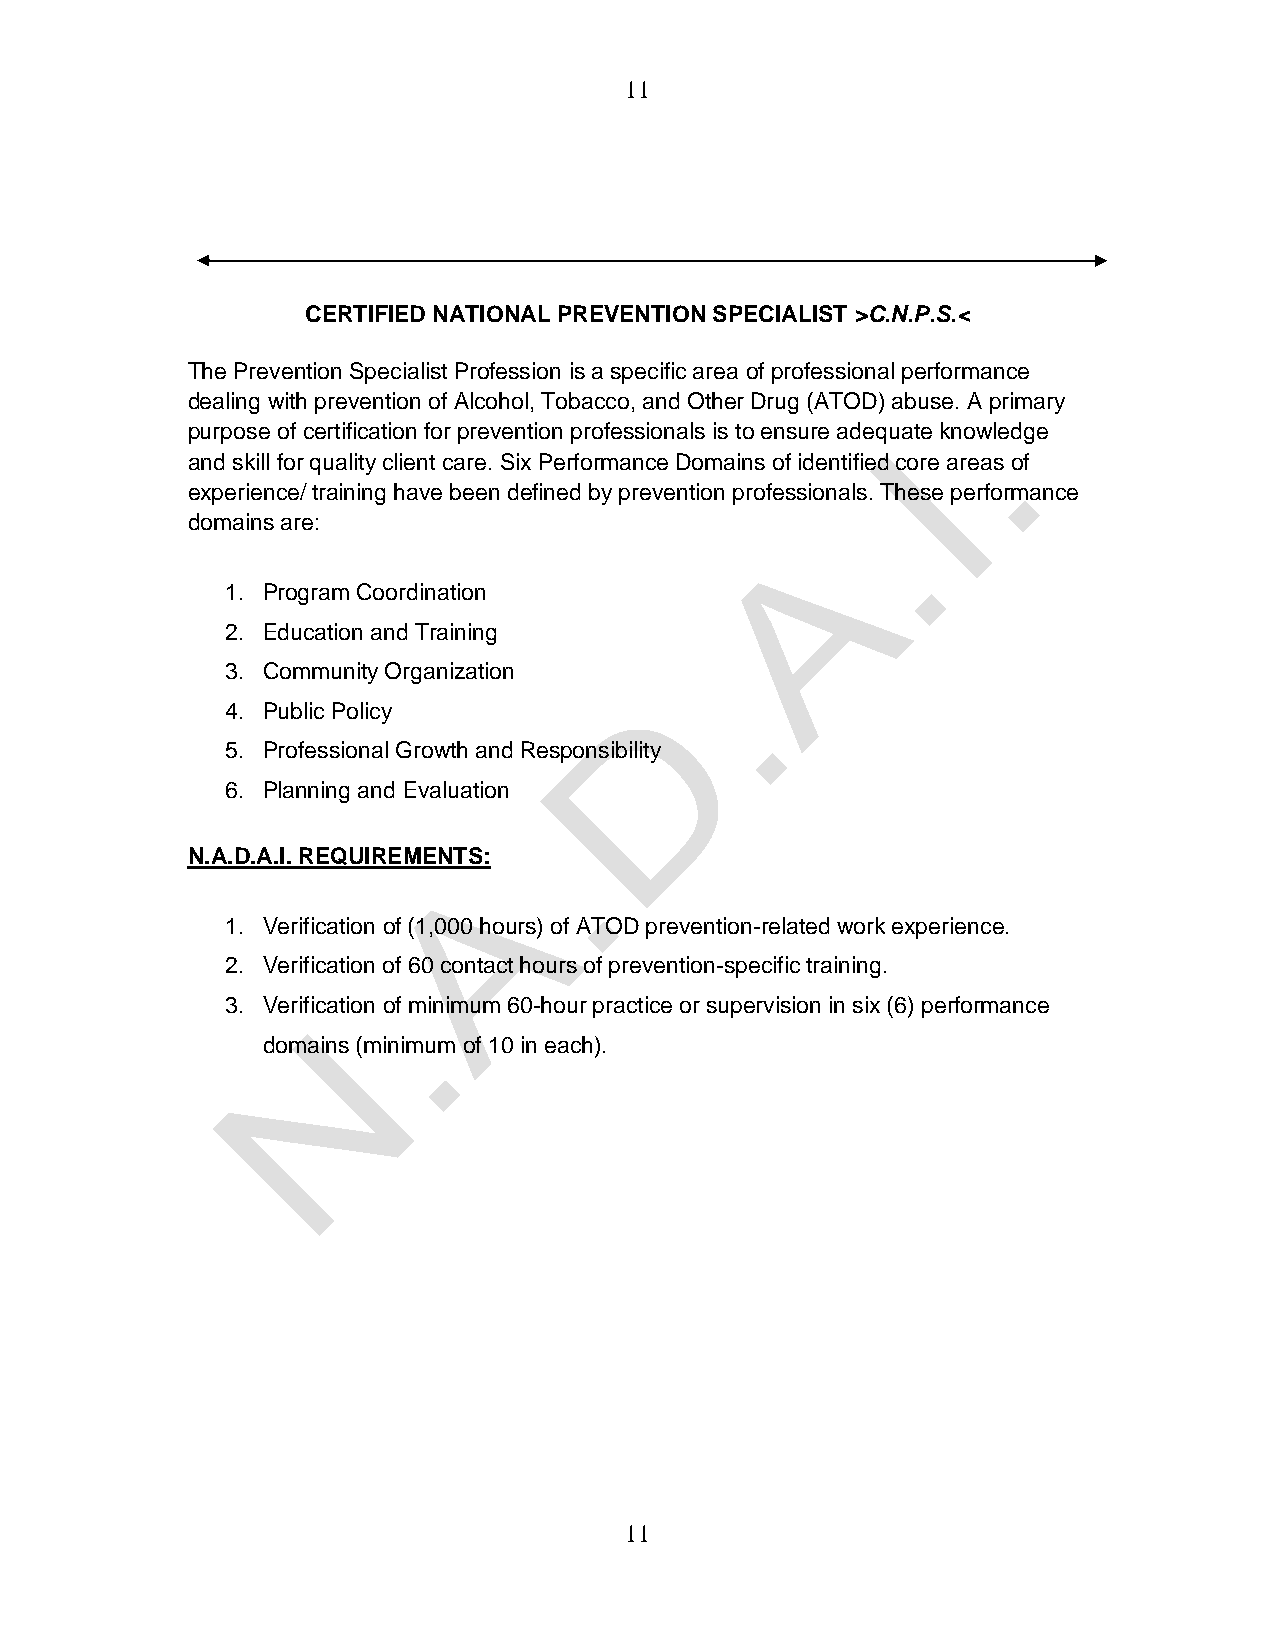
11
 CERTIFIED NATIONAL PREVENTION SPECIALIST >C.N.P.S.<
 The Prevention Specialist Profession is a specific area of professional performance
 dealing with prevention of Alcohol, Tobacco, and Other Drug (ATOD) abuse. A primary
 purpose of certification for prevention professionals is to ensure adequate knowledge
 and skill for quality client care. Six Performance Domains of identified core areas of
 experience/ training have been defined by prevention professionals. These performance
 domains are:
 1. Program Coordination
 2. Education and Training
 3. Community Organization
 4. Public Policy
 5. Professional Growth and Responsibility
 6. Planning and Evaluation
 N.A.D.A.I. REQUIREMENTS:
 1. Verification of (1,000 hours) of ATOD prevention-related work experience.
 2. Verification of 60 contact hours of prevention-specific training.
 3. Verification of minimum 60-hour practice or supervision in six (6) performance
 domains (minimum of 10 in each).
 11